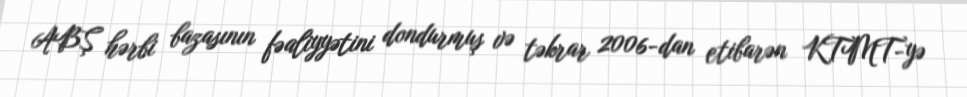
ABŞ hərbi bazasının fəaliyyətini dondurmuş və təkrar 2006-dan etibarən KTMT-yə